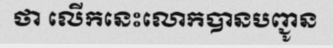
ថា លើកនេះលោកបានបញ្ជូន